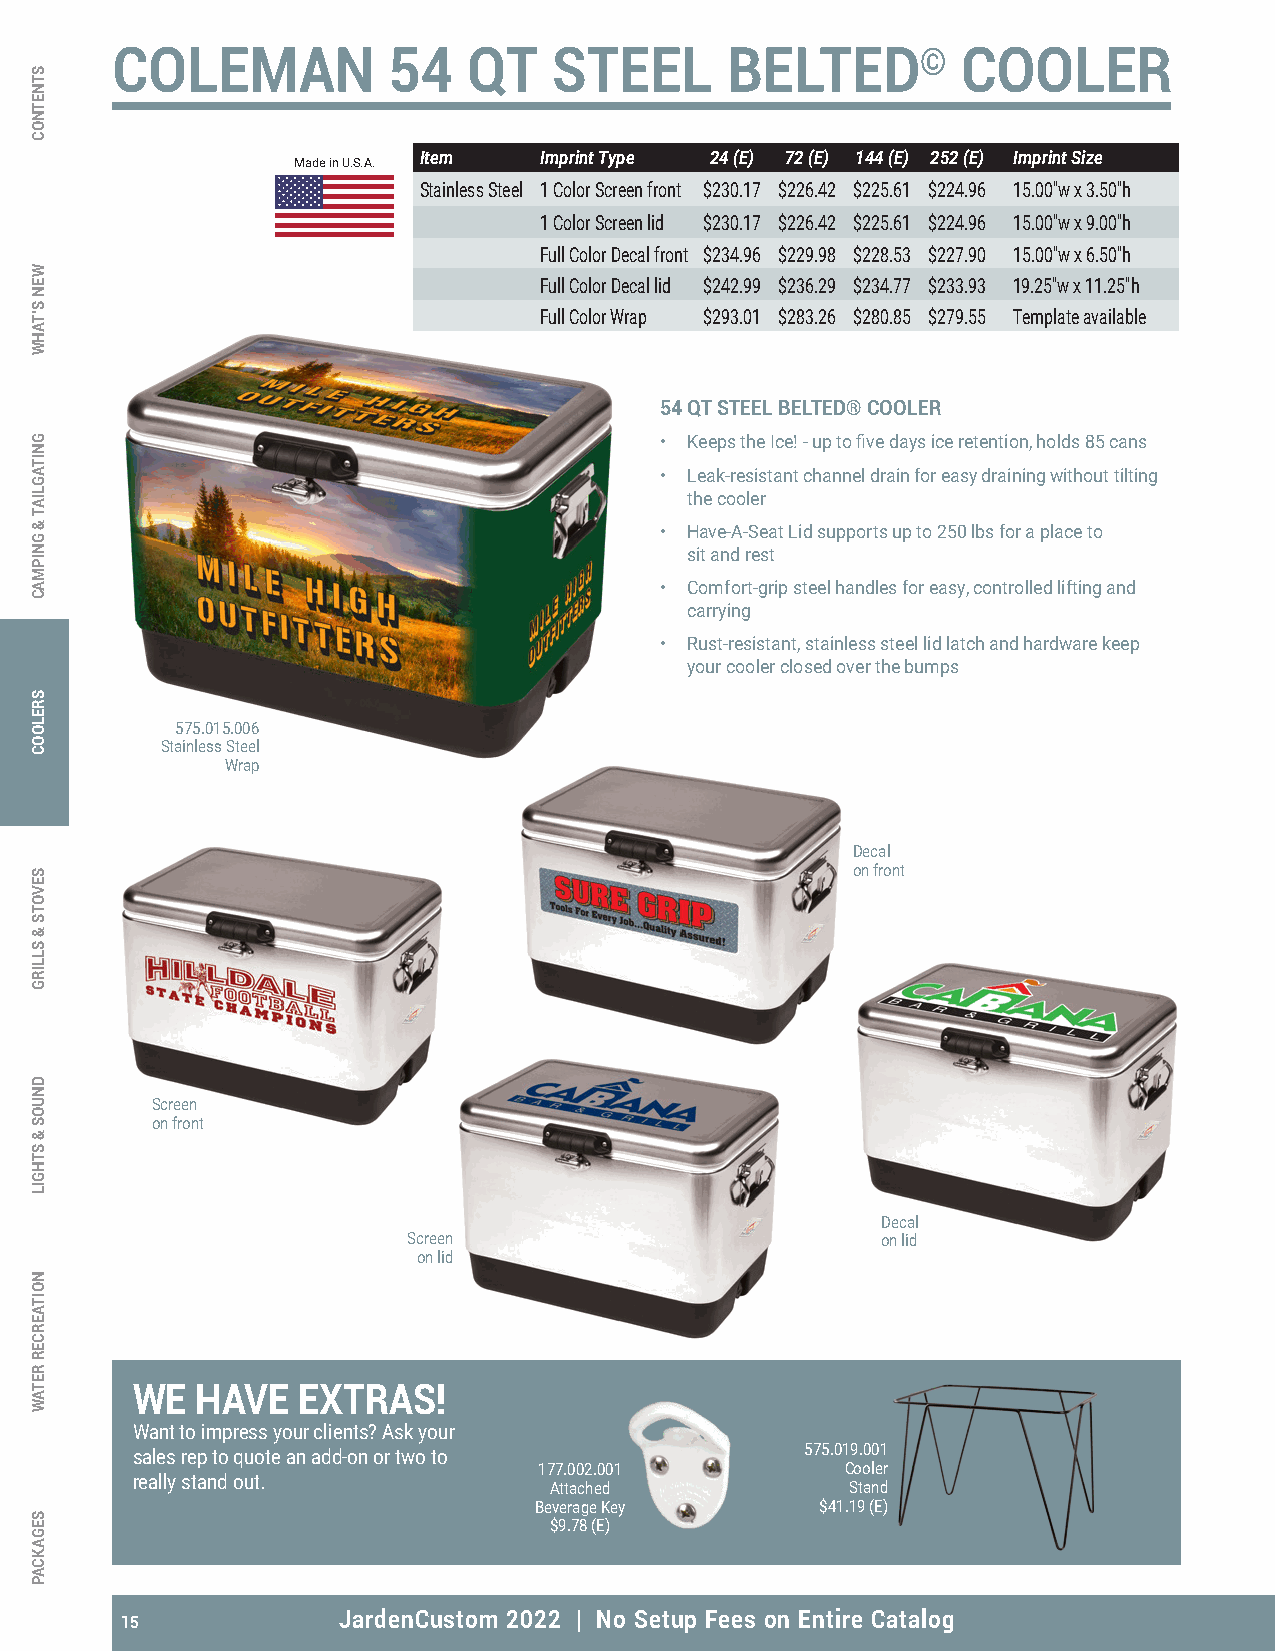
COLEMAN            54   QT    STEEL      BELTED©         COOLER
 Item    Imprint Type 24 (E) 72 (E) 144 (E) 252 (E) Imprint Size
 Made in U.S.A.
 Stainless Steel 1 Color Screen front $230.17 $226.42 $225.61 $224.96 15.00"w x 3.50"h
 1 Color Screen lid $230.17 $226.42 $225.61 $224.96 15.00"w x 9.00"h
 Full Color Decal front $234.96 $229.98 $228.53 $227.90 15.00"w x 6.50"h
 Full Color Decal lid $242.99 $236.29 $234.77 $233.93 19.25"w x 11.25"h
 Full Color Wrap $293.01 $283.26 $280.85 $279.55 Template available
 54 QT STEEL BELTED® COOLER
 • Keeps the Ice! - up to five days ice retention, holds 85 cans
 • Leak-resistant channel drain for easy draining without tilting
 the cooler
 • Have-A-Seat Lid supports up to 250 lbs for a place to
 sit and rest
 • Comfort-grip steel handles for easy, controlled lifting and
 carrying
 • Rust-resistant, stainless steel lid latch and hardware keep
 your cooler closed over the bumps
 575.015.006
 Stainless Steel
 Wrap
 Decal
 on front
 Screen
 on front
 Decal
 Screen                         on lid
 on lid
 WE  HAVE   EXTRAS!
 Want to impress your clients? Ask your
 sales rep to quote an add-on or two to      575.019.001
 177.002.001         Cooler
 really stand out.
 Attached            Stand
 Beverage Key       $41.19 (E)
 $9.78 (E)
 15            JardenCustom 2022 | No Setup Fees on Entire Catalog
 STNETNOC
 WEN
 S’TAHW
 GNITAGLIAT
 &
 GNIPMAC
 SRELOOC
 SEVOTS
 &
 SLLIRG
 DNUOS
 &
 STHGIL
 NOITAERCER
 RETAW
 SEGAKCAP